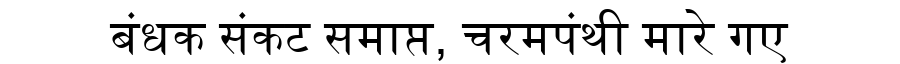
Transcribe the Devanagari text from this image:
बंधक संकट समाप्त, चरमपंथी मारे गए